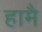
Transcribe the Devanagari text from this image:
हामै